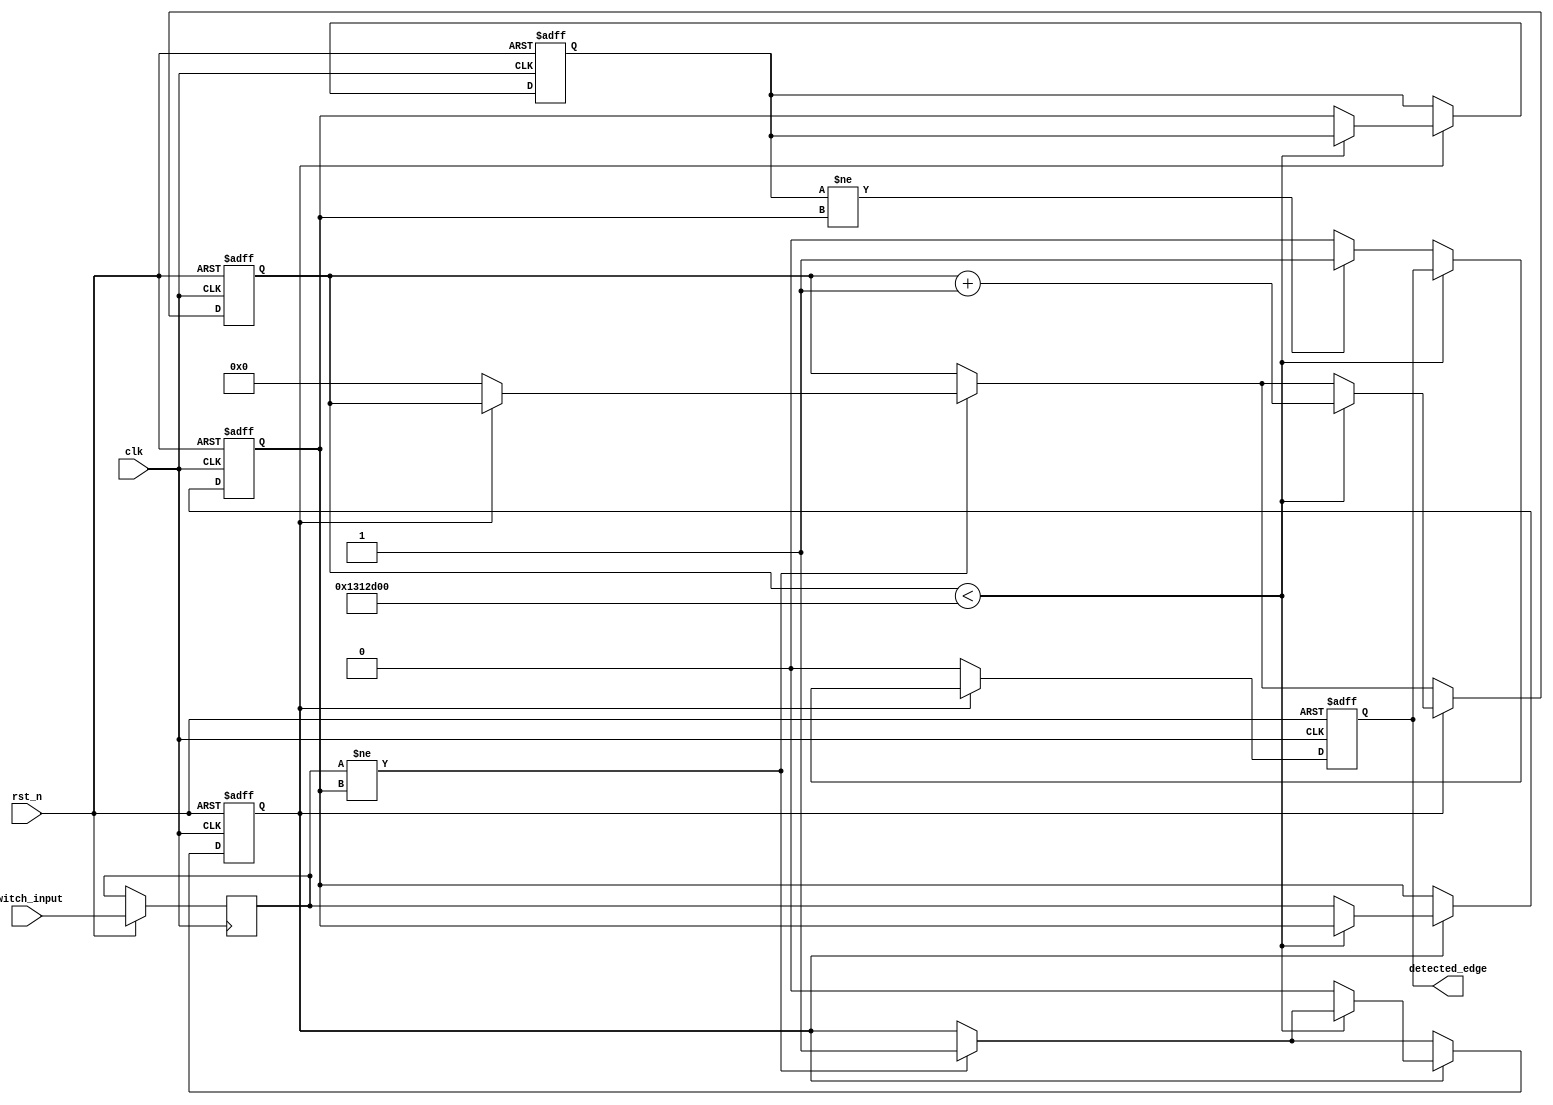
module debounce_edge_detector (
    input wire clk,          // System clock
    input wire rst_n,       // Active-low reset
    input wire switch_input, // Raw switch input signal
    output reg detected_edge // Output indicating a valid edge
);

    // Parameters for debounce timing
    parameter DEBOUNCE_TIME = 20_000_000; // Adjust as necessary, based on clock frequency
    parameter TIMER_WIDTH = 25;            // Bit width for the counter, adjust based on DEBOUNCE_TIME

    // State variables
    reg [TIMER_WIDTH-1:0] debounce_timer; // Timer for debouncing
    reg debounce_active;                    // Indicates if debouncing is in progress
    reg last_stable_state;                  // The last stable state of the switch
    reg current_state;                      // Current switch state
    reg valid_state;                        // Output of the debounce logic

    // Edge detection variables
    reg last_valid_state;                   // Stores last stable state for edge detection

    always @(posedge clk or negedge rst_n) begin
        if (!rst_n) begin
            // Reset all states
            debounce_timer <= 0;
            debounce_active <= 0;
            last_stable_state <= 0;
            detected_edge <= 0;
            last_valid_state <= 0;
            valid_state <= 0;
        end else begin
            // Sample the switch input
            current_state <= switch_input;

            // If the current state differs from the last stable state
            if (current_state != last_stable_state) begin
                // Start the debounce timer
                if (!debounce_active) begin
                    debounce_active <= 1;
                    debounce_timer <= 0;
                end
            end

            // Debounce timer handling
            if (debounce_active) begin
                if (debounce_timer < DEBOUNCE_TIME) begin
                    debounce_timer <= debounce_timer + 1;
                end else begin
                    // Timer expired, update stable state
                    last_stable_state <= current_state;
                    debounce_active <= 0;
                    
                    // Check for edges
                    if (last_valid_state != last_stable_state) begin
                        detected_edge <= 1; // Set edge detected signal
                    end else begin
                        detected_edge <= 0; // Clear edge detected signal
                    end

                    // Update last valid state
                    last_valid_state <= last_stable_state;
                end
            end else begin
                detected_edge <= 0; // Clear detected edge if not active
            end
        end
    end

endmodule